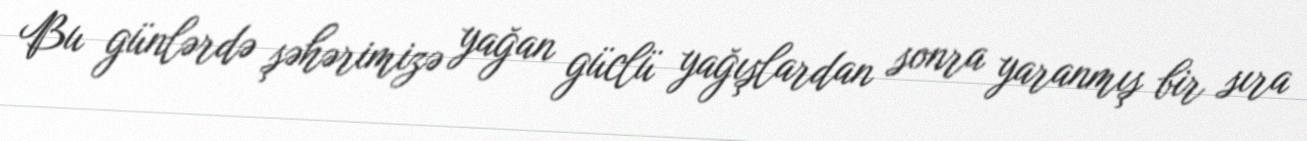
Bu günlərdə şəhərimizə yağan güclü yağışlardan sonra yaranmış bir sıra